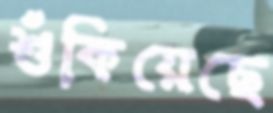
শুঁকিয়েছে